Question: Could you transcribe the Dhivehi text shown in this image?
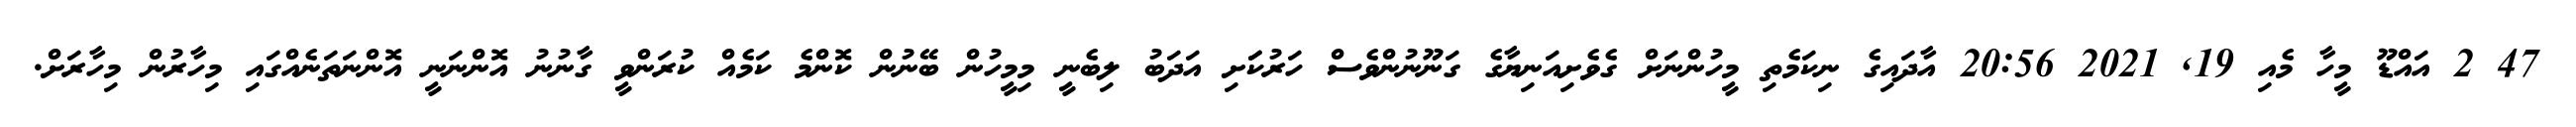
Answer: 47 2 އައްޑޫ މީހާ މެއި 19, 2021 20:56 އާދައިގެ ނިކަމެތި މީހުންނަށް ގެވެށިއަނިޔާގެ ގަނޫނުންވެސް ހަރުކަަށި އަދަބު ލިބެނީ މިމީހުން ބޭނުން ކޮންމެ ކަމެއް ކުރަންވީ ގާނުނު އޮންނަނީ އޮންނަތަނެއްގައި މިހާރުން މިހާރަށް.